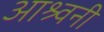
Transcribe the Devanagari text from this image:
आश्र्वनी